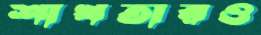
শাখতারও